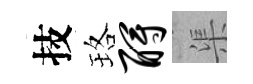
技珞酹渠